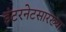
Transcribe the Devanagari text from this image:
इंटरनेटसारख्या